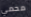
محمي